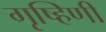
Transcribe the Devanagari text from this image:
गृष्हिणी